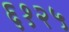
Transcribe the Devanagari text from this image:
६१२५